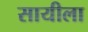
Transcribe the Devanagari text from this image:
सायीला